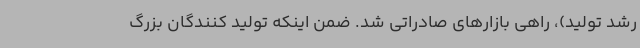
رشد تولید)، راهی بازارهای صادراتی شد. ضمن اینکه تولید کنندگان بزرگ